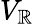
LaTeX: V_{\mathbb{R}}